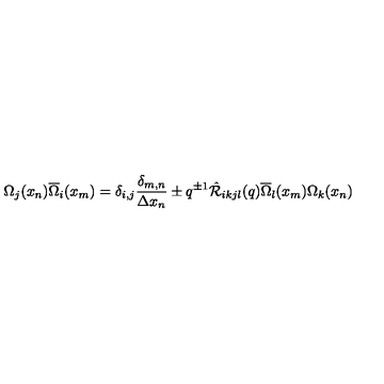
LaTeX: \Omega _ { j } ( x _ { n } ) \overline { { \Omega } } _ { i } ( x _ { m } ) = \delta _ { i , j } \frac { \delta _ { m , n } } { \Delta x _ { n } } \pm q ^ { \pm 1 } \hat { { \cal R } } _ { i k j l } ( q ) \overline { { \Omega } } _ { l } ( x _ { m } ) \Omega _ { k } ( x _ { n } )